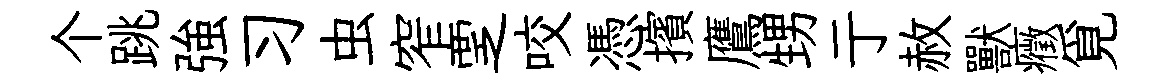
个跳強习虫窄覂咬憑擯鷹甥亍赦獸癥覓